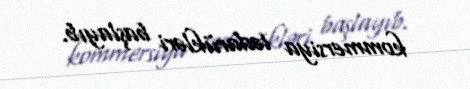
kommersiya tədarükləri başlayıb.